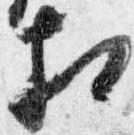
相